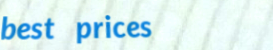
best prices